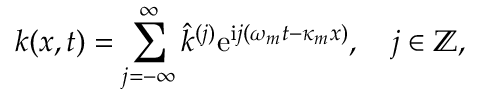
k ( x , t ) = \sum _ { j = - \infty } ^ { \infty } \hat { k } ^ { ( j ) } \mathrm { e } ^ { \mathrm { i } j ( \omega _ { m } t - \kappa _ { m } x ) } , \quad j \in \mathbb { Z } ,